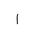
Letter: _alif